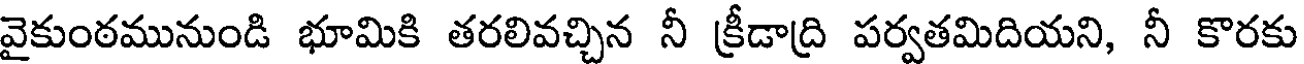
వైకుంఠమునుండి భూమికి తరలివచ్చిన నీ క్రీడాద్రి పర్వతమిదియని, నీ కొరకు